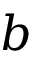
b